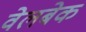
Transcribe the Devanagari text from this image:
वेलबेक